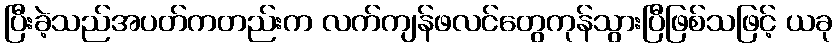
ပြီးခဲ့သည်အပတ်ကတည်းက လက်ကျန်ဖလင်တွေကုန်သွားပြီဖြစ်သဖြင့် ယခု